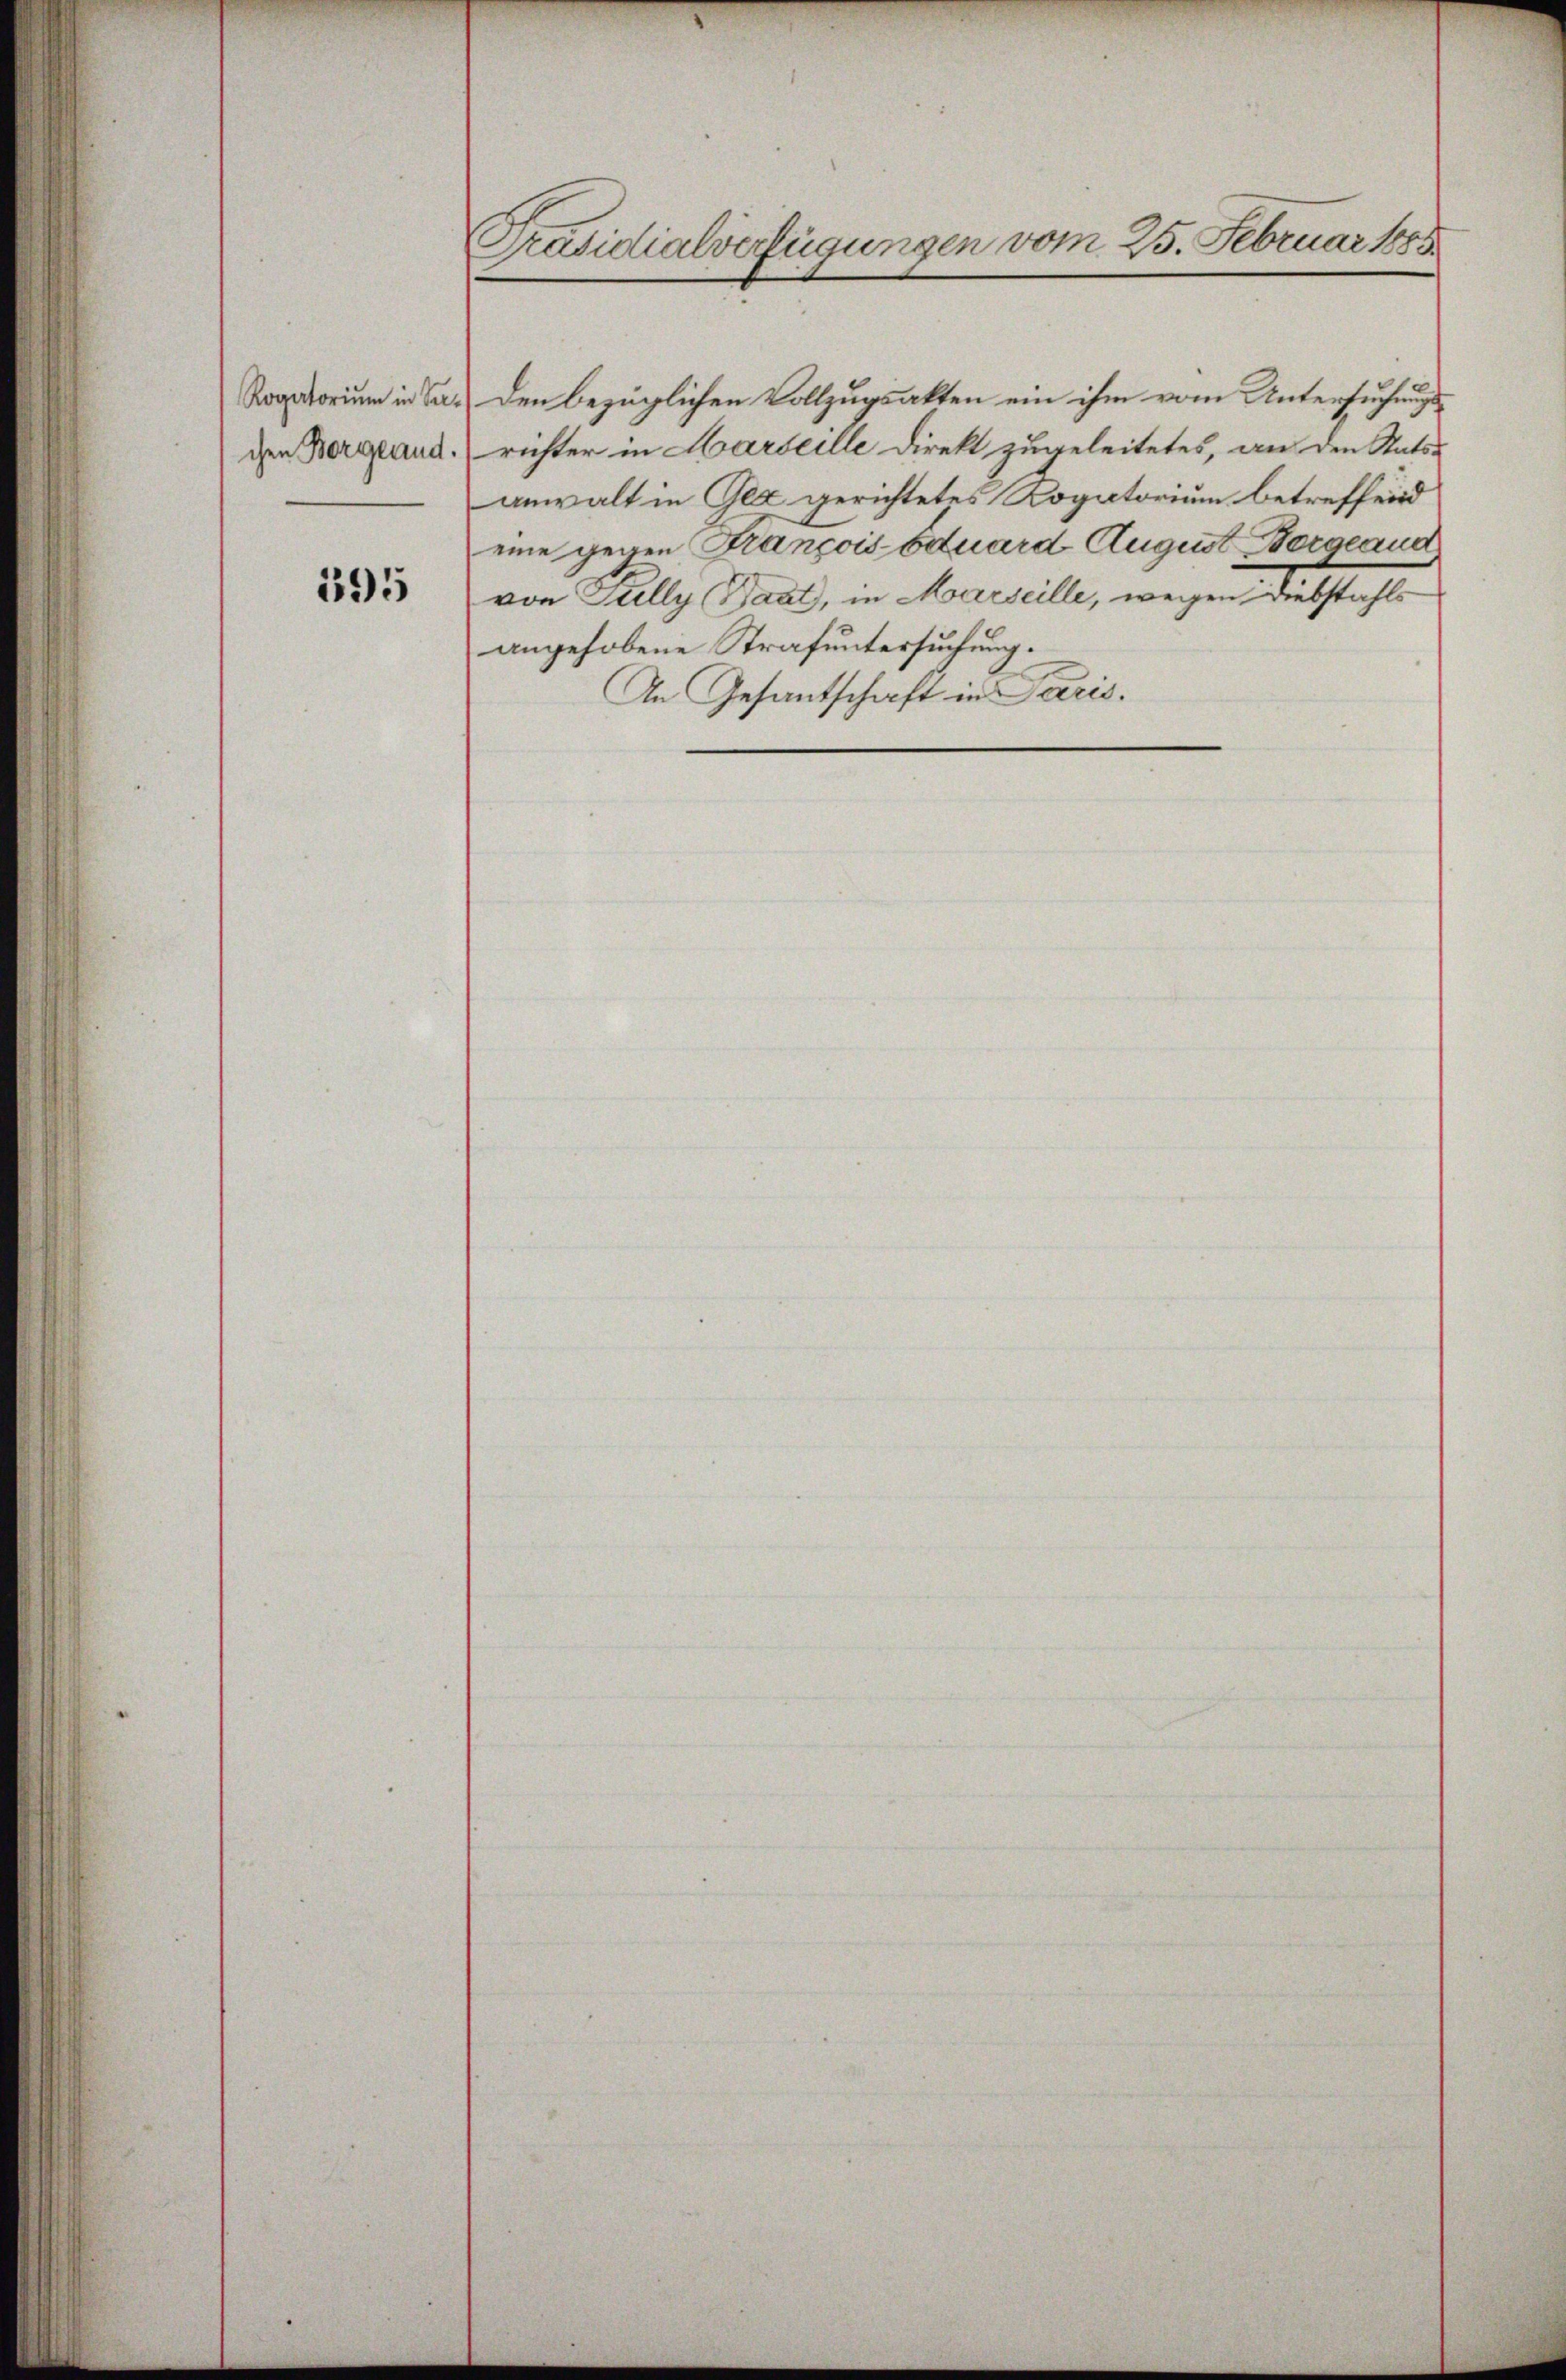
Rogatorium in Seechen Borgeand.

595

Präsidialverfügungen vom 25. Februar 1885.

Den bezüglichen Vollzugsakten ein ihm vom Untersuchungsrichter in Harseille Direkt zugeleitetes, an den Stats-
anwalt in Gez gerichtetes Rogatorium betreffend
eine gegen François Eduard August Borgeaud
von Sully (Baat, in Marseille, wegen Diebstahls
angehobene Strafuntersuchung.
An Gesantschaft in Paris.